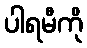
ပါရမီကို